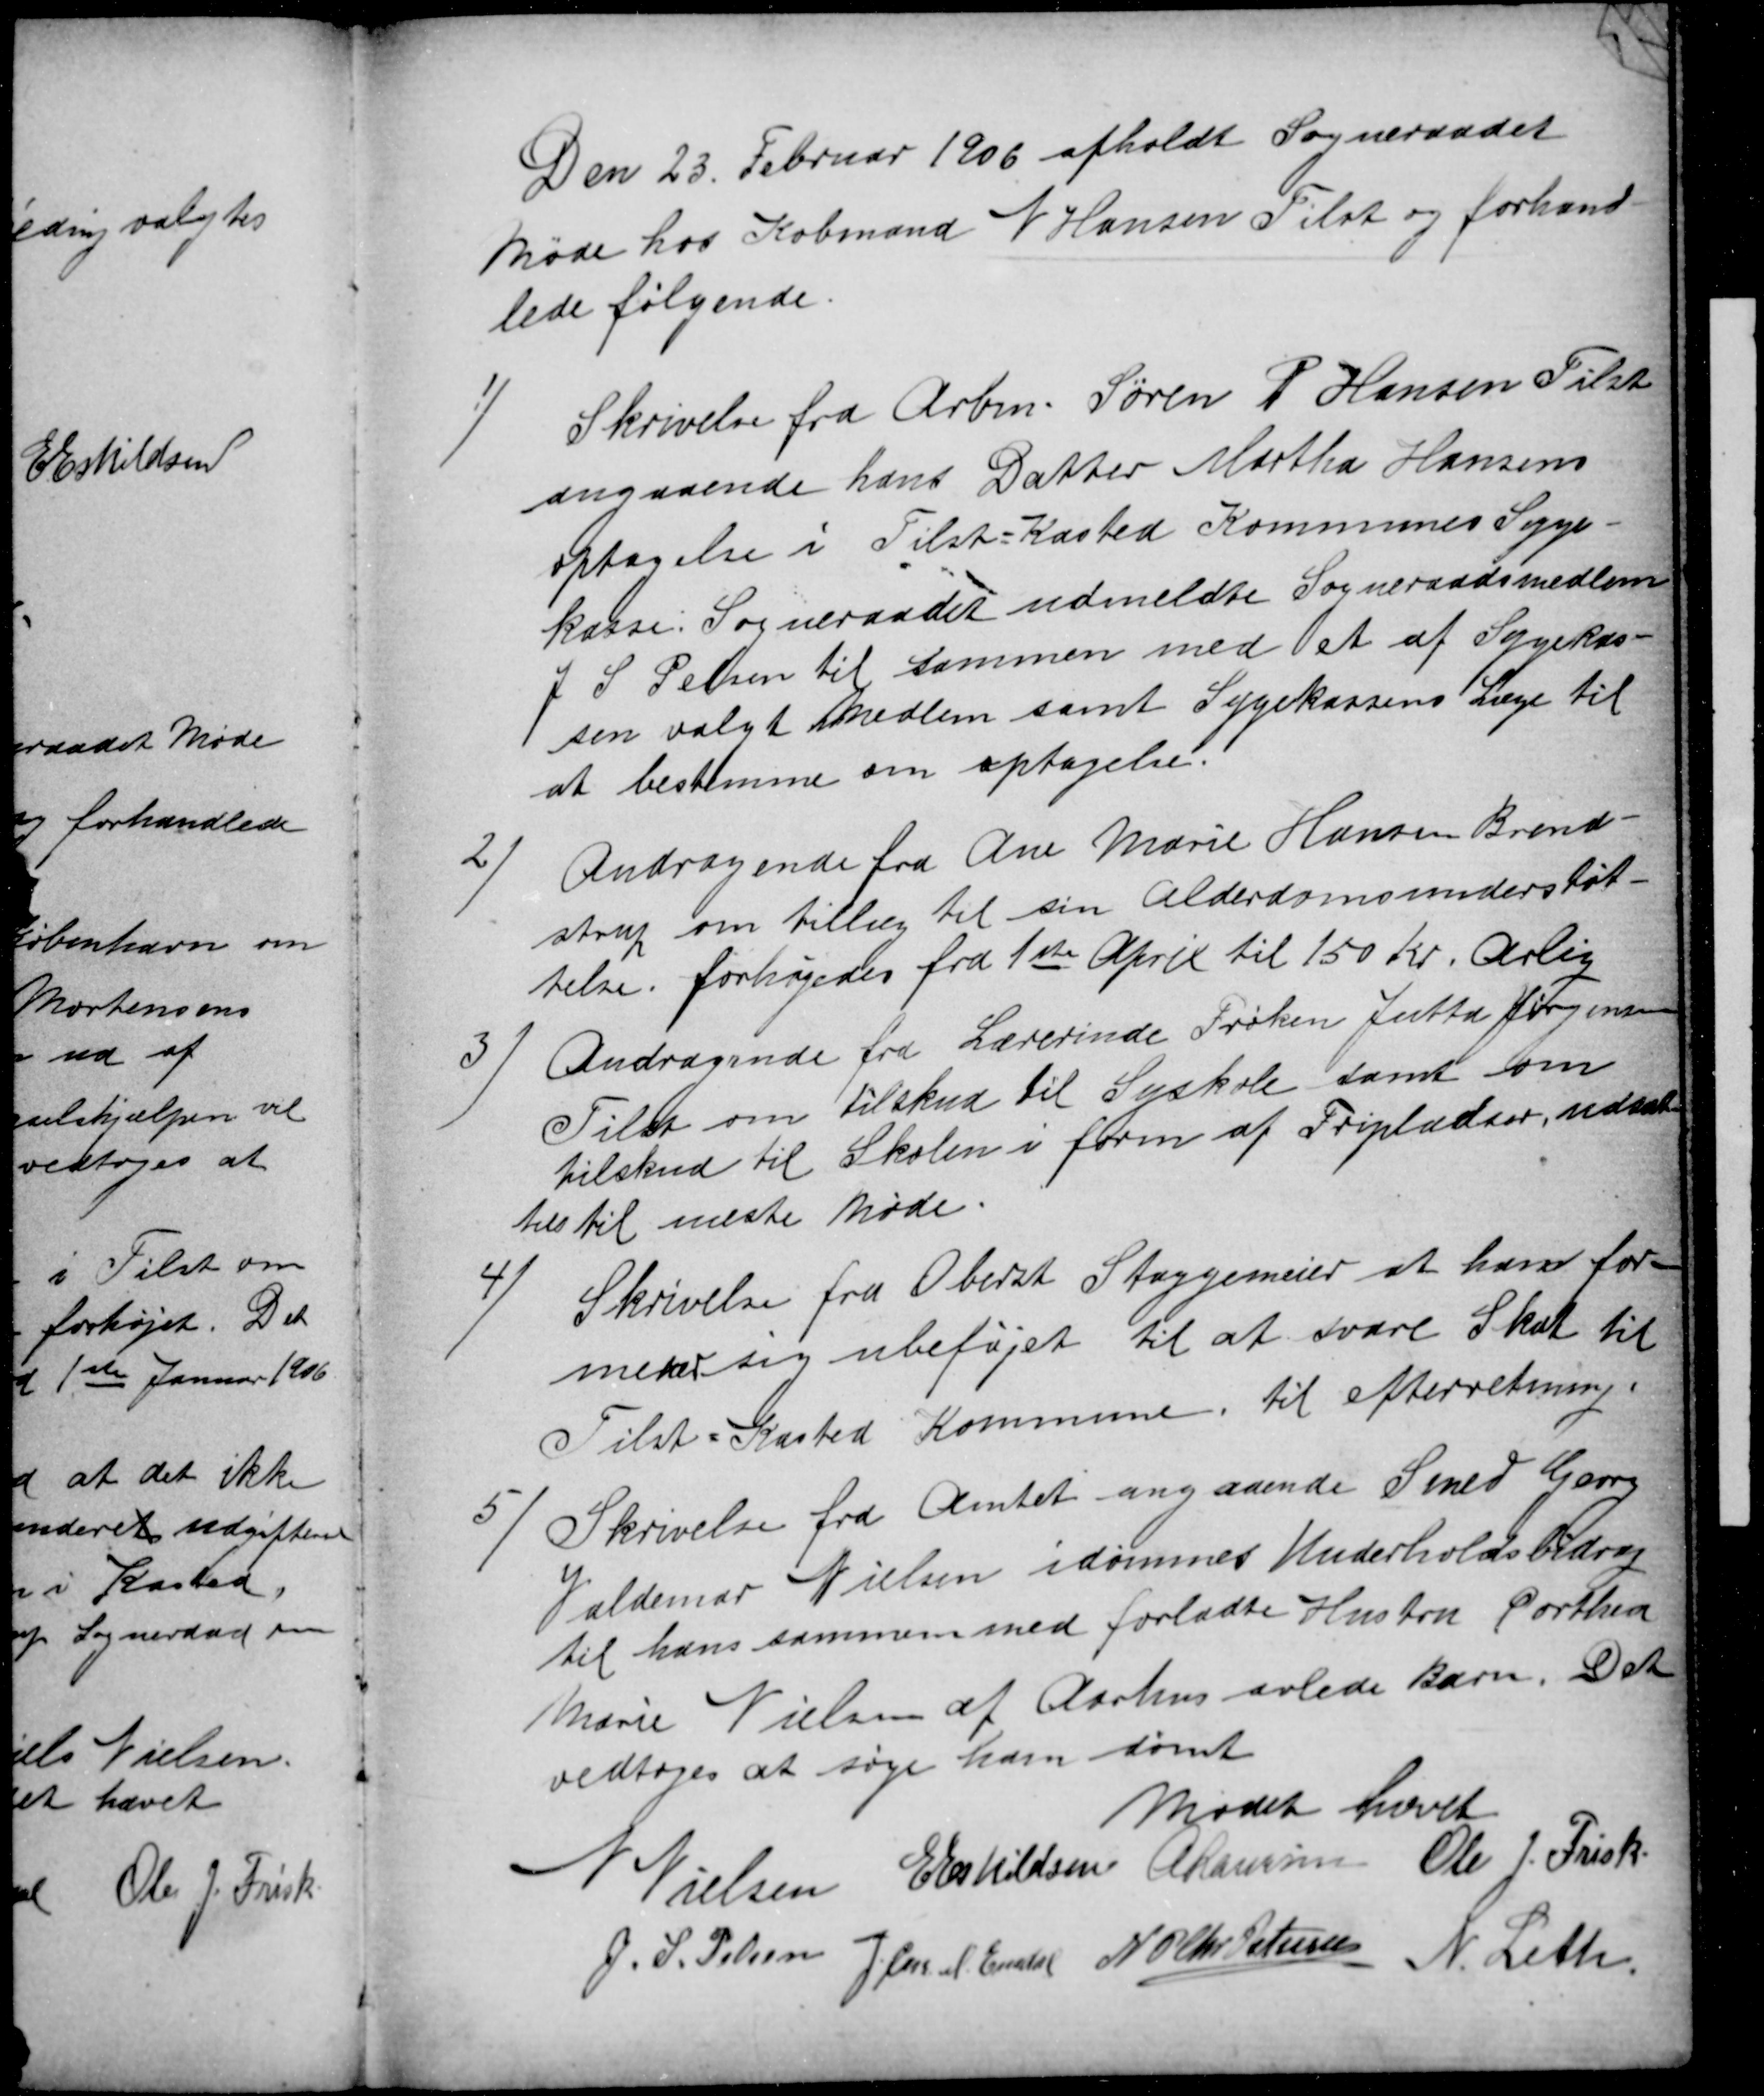
Transskription:
Den 23. Februar 1906 afholdt Sogneraadet
Møde hos Købmand N Hansen Tilst og forhand-
lede følgende.
1)
Skrivelse fra Arbm. Søren P Hansen Tilst
angaaende hans Datter Martha Hansens
optagelse i Tilst-Kasted Kommunes Syge-
kasse. Sogneraadet udmeldte Sogneraadsmedlem
J S Pelsen til sammen med et af Sygekas-
sen valgt Medlem samt Sygekassens Læge til
at bestemme om optagelse.
2)
Andragende fra Ane Marie Hansen Brend-
strup om tillæg til sin Alderdomsunderstøt-
telse. forhøjedes fra 1ste April til 150 Kr. Arlig
3
Andragende fra Lærerinde Frøken Jutta Jørgensen
Tilst om tilskud til Syskole samt om
tilskud til Skolen i form af Fripladser, udsat-
tes til næste Møde.
4)
Skrivelse fra Oberst Staggemeier at han for-
mener sig ubeføjet til at svare Skat til
Tilst Kasted Kommune. til efterretning.
5)
Skrivelse fra Amtet angaaende Smed Georg
Valdemar Nielsen idømmes Underholdsbidrag
til hans sammen med forladte Hustru Dorthea
Marie Nielsen af Aarhus avlede Barn. Det
vedtoges at søge ham dømt
Mødet hævet
N Nielsen
E Eskildsen A Laursen Ole J. Frisk
J. S. Pelsen J Chr M Emdal N P Chr. Petersen N. Leth